Report on horse surra - Volume I
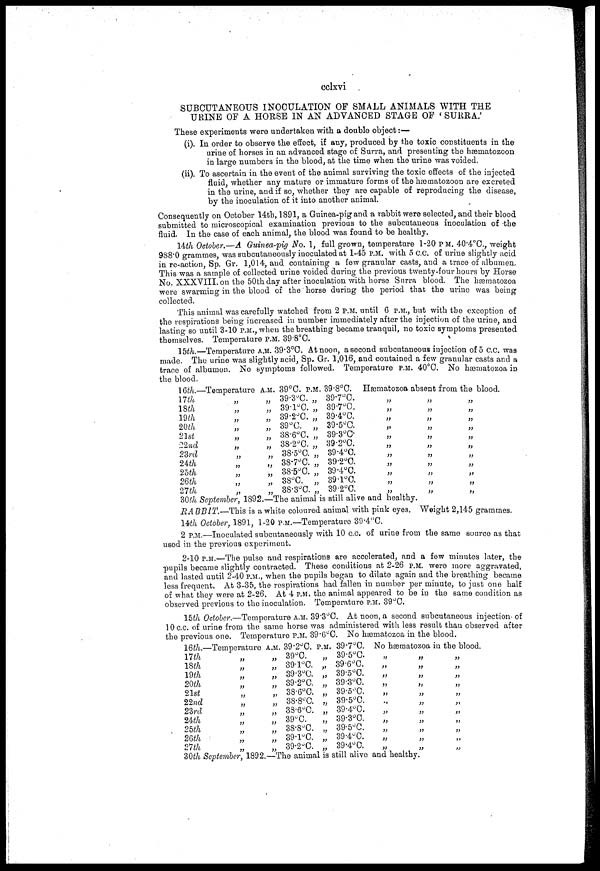
cclxvi
SUBCUTANEOUS INOCULATION OF SMALL ANIMALS WITH THE
URINE OF A HORSE IN AN ADVANCED STAGE OF ' SURRA.'
These experiments were undertaken with a double object:—
(i). In order to observe the effect, if any, produced by the toxic constituents in the
urine of horses in an advanced stage of Surra, and presenting the hæmatozoon
in large numbers in the blood, at the time when the urine was voided.
(ii). To ascertain in the event of the animal surviving the toxic effects of the injected
fluid, whether any mature or immature forms of the hæmatozoon are excreted
in the urine, and if so, whether they are capable of reproducing the disease,
by the inoculation of it into another animal.
Consequently on October 14th, 1891, a Guinea-pig and a rabbit were selected, and their blood
submitted to microscopical examination previous to the subcutaneous inoculation of -the
fluid. In the case of each animal, the blood was found to be healthy.
14th October.—A Guinea-pig No. 1, full grown, temperature 1-20 P M. 40.4°C., weight
988.0 grammes, was subcutaneously inoculated at 1-45 P.M. with 5 c.c. of urine slightly acid
in re-action, Sp. Gr. 1,014, and containing a few granular casts, and a trace of albumen.
This was a sample of collected urine voided during the previous twenty-four hours by Horse
No. XXXVIII. on the 50th day after inoculation with horse Surra blood. The hæmatozoa
were swarming in the blood of the horse during the period that the urine was being
collected.
This animal was carefully watched from 2 P.M. until 6 P.M., but with the exception of
the respirations being increased in number immediately after the injection of the urine, and
lasting so until 3-10P.M., when the breathing became tranquil, no toxic symptoms presented
themselves. Temperature P.M. 39.8°C.
15th.—Temperature A.M. 39.3°C. At noon, a second subcutaneous injection of 5 c.c. was
made. The urine was slightly acid, Sp. Gr. 1,016, and contained a few granular casts and a
trace of albumen. No symptoms followed. Temperature P.M. 40°C. No hæmatozoa in
the blood.
16th.—
17th
18th
19th
20th
21st
22nd
23rd
24th
25th
26th
27th
Temperature
..
„
„
„
„
„
„
„
„
„
A.M.
„
„
„
,
„
„
„
„
„
„
„
39°C. P.M.
39.3°C. „
39.1°C. „
39.2°C. „
39°C. „
38.6°C. „
38.2°C. „
38.5°C. „
38.7°C. „
38.5°C. „
38°C. „
38.3°C. „
39.8°C.
39.7°C.
39.7°C.
39.4°C.
39.5°C.
39.3°C.
39.2°C.
39.4°C.
39.2°C.
39.4°C.
39.1°C.
39.2°C.
Hæmatozoa absent from the blood.
„
„
„
„
„
„
„
„
„
„
„
„
„
„
„
„
„
„
„
„
„
„
„
„
„
„
„
„
„
„
„
„
„
30th September, 1892.—The animal is still alive and healthy.
RABBIT.—This is a white coloured animal with pink eyes. Weight 2,145 grammes.
14th October, 1891, 1-20 P.M.—Temperature 39.4°C.
2 P.M.—Inoculated subcutaneously with 10 c.c. of urine from the same source as that
used in the previous experiment.
2-10 P.M.—The pulse and respirations are accelerated, and a few minutes later, the
pupils became slightly contracted. These conditions at 2-26 P.M. were more aggravated,
and lasted until 2-40 P.M., when the pupils began to dilate again and the breathing became
less frequent. At 3-35, the respirations had fallen in number per minute, to just one half
of what they were at 2-26. At 4 P.M. the animal appeared to be in the same condition as
observed previous to the inoculation. Temperature P.M. 39°C.
15th October.—Temperature A.M. 39.3°C. At noon, a second subcutaneous injection of
10 c.c. of urine from the same horse was administered with less result than observed after
the previous one. Temperature P.M. 39.6°C. No hæmatozoa in the blood.
16th.
17th
18th
19th
20th
21st
22nd
23rd
24th
25th
26th
27th
—Temperature A.M.
„
„
„
„
„
„
„
„
„
„
„
39.2°C.
39°C.
39.1°C.
39.3°C.
39.2°C.
38.6°C.
38.8 c C.
38.6°C.
39°C.
38.8°C.
39.1°C.
39.2°C.
P.M.
„
„
„
„
„
„
„
„
„
„
„
39.7°C.
39.5°C
39.6°C.
39.5°C.
39.3°C.
39.5°C.
39.5°C.
39.4°C.
39.3°C.
39.5°C.
39.4°C.
39.4°C.
No hæmatozoa in
„
„
„
„
„
.,
„
„
„
„
„
„
„
„
„
„
„
„
„
„
„
„
the blood.
„
„
„
„
„
„
„
„
„
„
„
30th September, 1892.—The animal is still alive and healthy.